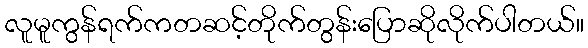
လူမူကွန်ရက်ကတဆင့်တိုက်တွန်းပြောဆိုလိုက်ပါတယ်။